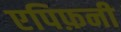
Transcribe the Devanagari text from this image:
एपिफ़नी